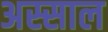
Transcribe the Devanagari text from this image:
अस्साल